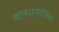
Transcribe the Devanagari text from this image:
मानधनाविना